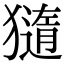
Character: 𤢍